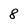
Character: 8